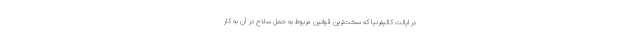
در ایالت کالیفرنیا که سخت‌ترین قوانین مربوط به حمل سلاح در آن به کار